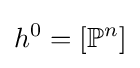
h^{0}=[\mathbb {P} ^{n}]